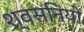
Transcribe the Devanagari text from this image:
श्वसनियों